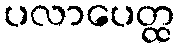
ပလာပေတ္ထ